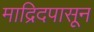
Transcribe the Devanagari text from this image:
माद्रिदपासून